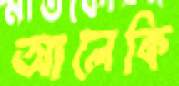
আলেকি